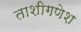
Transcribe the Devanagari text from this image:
ताशीगणेश